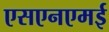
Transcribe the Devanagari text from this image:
एसएनएमई